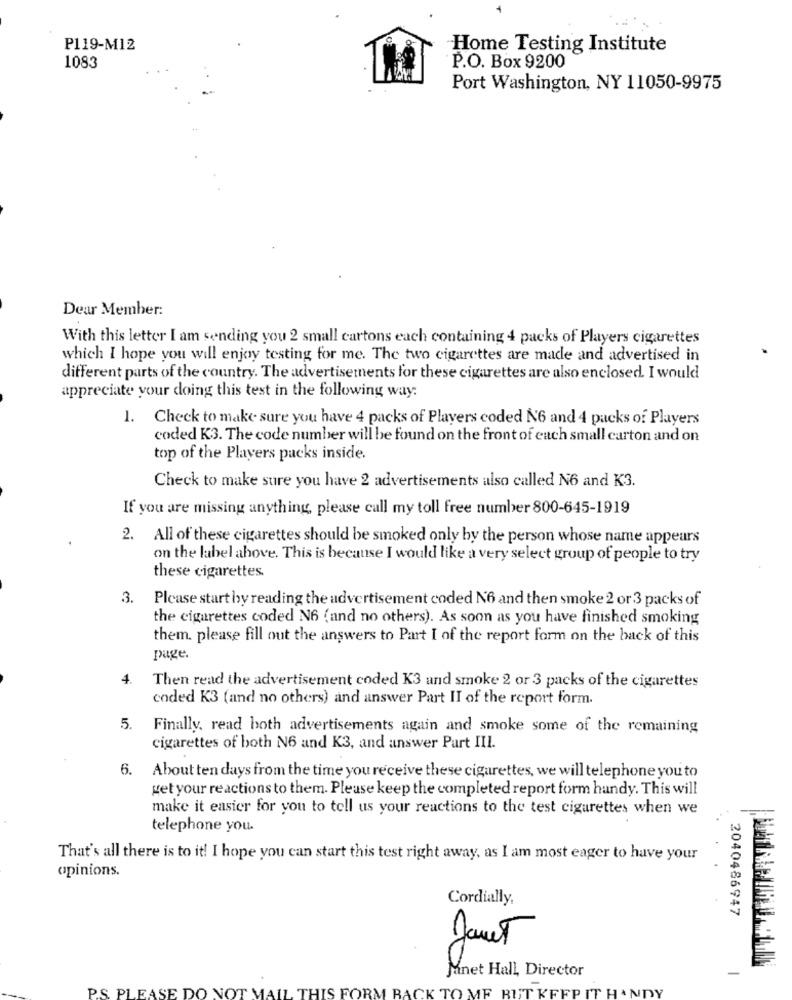
P119-M12
Home Testing Institute
1083
P.O. Box 9200
Port Washington, NY 11050-9975
Dear Member:
With this letter I am sending you 2 small cartons each containing 4 packs of Players cigarettes
which I hope you will enjoy testing for me. The two cigarettes are made and advertised in
different parts of the country. The advertisements for these cigarettes are also enclosed. I would
appreciate your doing this test in the following way:
1. Check to make sure you have 4 packs of Players coded No and 4 packs of Players
coded K3. The code number will be found on the front of each small carton and on
top of the Players packs inside.
Check to make sure you have 2 advertisements also called No and K3.
If you are missing anything, please call my toll free number 800-645-1919
2. All of these cigarettes should be smoked only by the person whose name appears
on the label ahove. This is because I would like a very select group of people to try
these cigarettes.
3.
Please start by reading the advertisement coded No and then smoke 2 or 3 packs of
the cigarettes coded N6 (and no others). As soon as you have finished smoking
them. please fill out the answers to Part I of the report form on the back of this
page.
4.
Then read the advertisement coded K3 and smoke 2 or 3 packs of the cigarettes
coded K3 (and no others) and answer Part II of the report form.
5.
Finally, read both advertisements again and smoke some of the remaining
cigarettes of both N6 and K3, and answer Part III.
6. About ten days from the time you receive these cigarettes, we will telephone you to
get your reactions to them. Please keep the completed report form handy. This will
make it easier for you to tell us your reactions to the test cigarettes when we
telephone you.
That's all there is to it! I hope you can start this test right away, as I am most eager to have your
opinions.
Cordially,
00
2040486947
Janet
Mnet Hall, Director
PS. PLEASE DO NOT MAIL THIS FORM BACK TO ME BUT KFFP IT HANDY